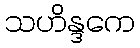
သဟိန္ဒကေ